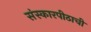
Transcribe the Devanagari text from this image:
संस्कारपीठाची